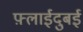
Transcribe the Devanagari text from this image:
फ़्लाईदुबई